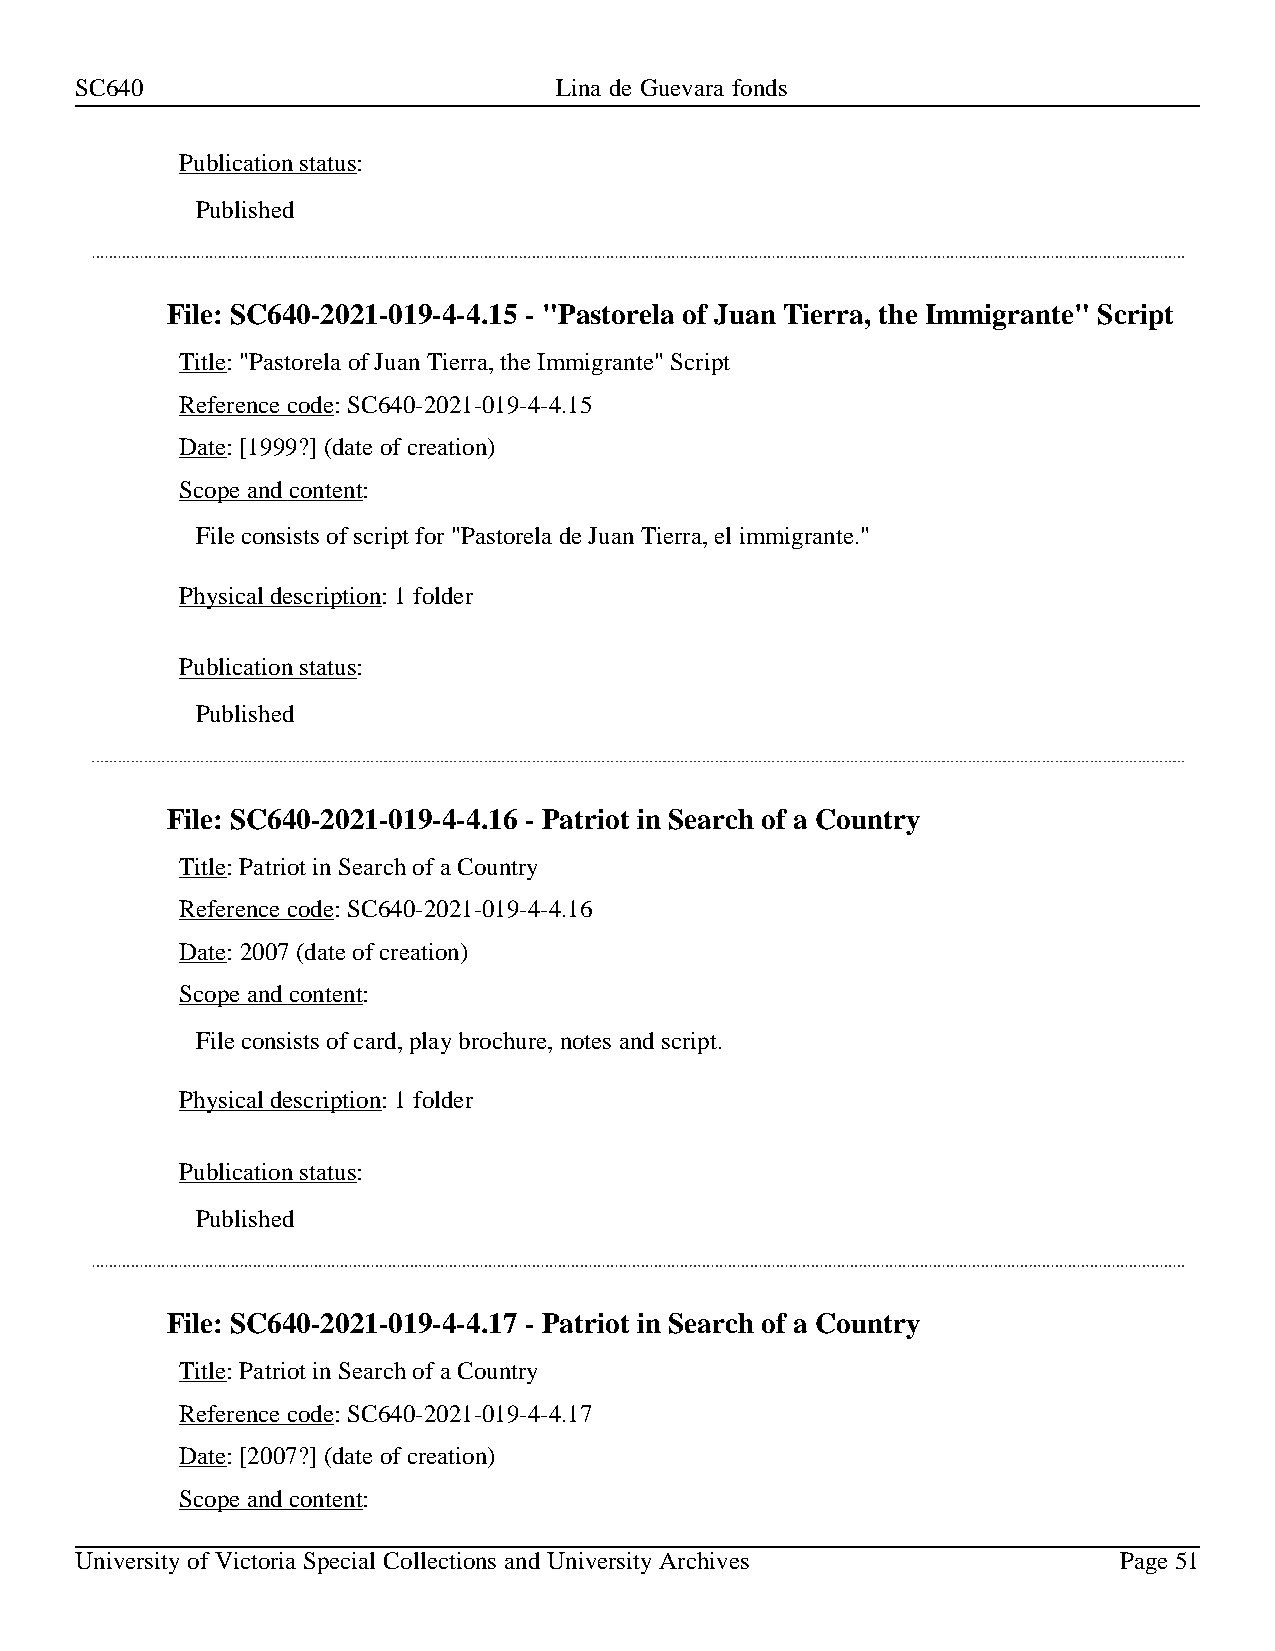
SC640                           Lina de Guevara fonds
 Publication status:
 Published
 File: SC640-2021-019-4-4.15 - "Pastorela of Juan Tierra, the Immigrante" Script
 Title: "Pastorela of Juan Tierra, the Immigrante" Script
 Reference code: SC640-2021-019-4-4.15
 Date: [1999?] (date of creation)
 Scope and content:
 File consists of script for "Pastorela de Juan Tierra, el immigrante."
 Physical description: 1 folder
 Publication status:
 Published
 File: SC640-2021-019-4-4.16 - Patriot in Search of a Country
 Title: Patriot in Search of a Country
 Reference code: SC640-2021-019-4-4.16
 Date: 2007 (date of creation)
 Scope and content:
 File consists of card, play brochure, notes and script.
 Physical description: 1 folder
 Publication status:
 Published
 File: SC640-2021-019-4-4.17 - Patriot in Search of a Country
 Title: Patriot in Search of a Country
 Reference code: SC640-2021-019-4-4.17
 Date: [2007?] (date of creation)
 Scope and content:
 University of Victoria Special Collections and University Archives   Page 51